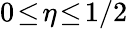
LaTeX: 0\! \leq\! \eta\! \leq\! 1/2